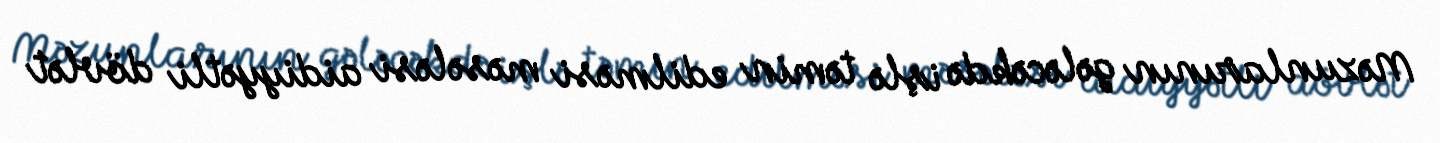
Məzunlarının gələcəkdə işlə təmin edilməsi məsələsi aidiyyətli dövlət